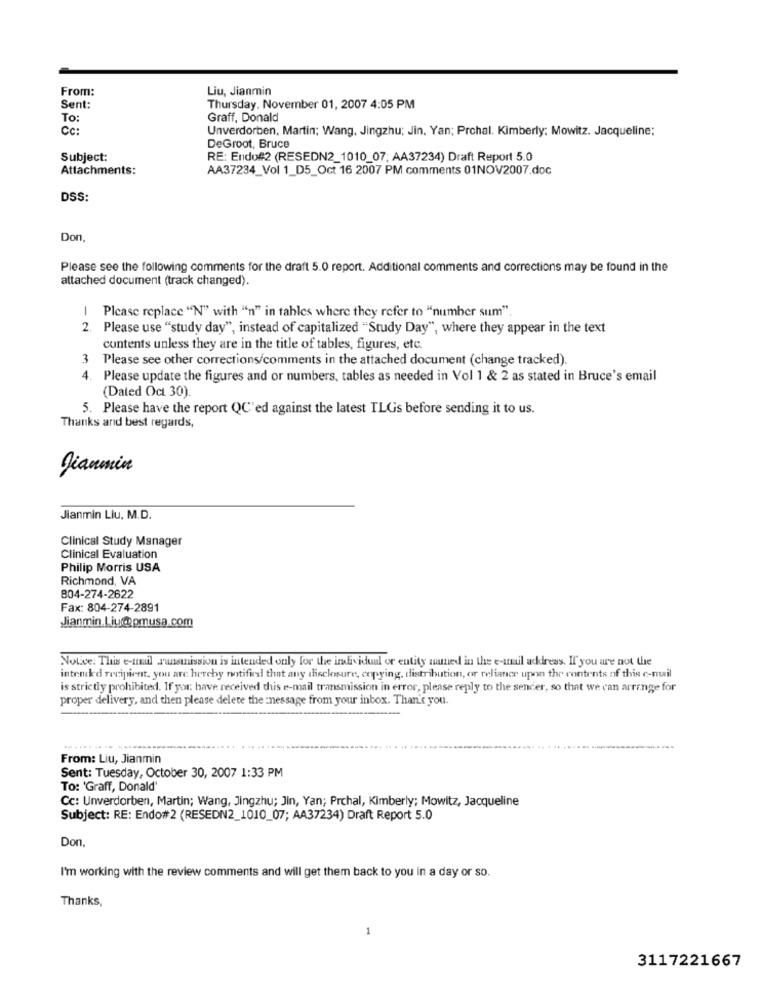
From:
Liu, Jianmin
Sent:
Thursday. November 01, 2007 4:05 PM
To:
Graff, Donald
CC:
Unverdorben, Martin; Wang, Jingzhu; Jin, Yan; Prchal. Kimberly; Mowitz. Jacqueline;
DeGroot, Bruce
Subject:
RE: Endo#2 (RESEDN2_1010_07; AA37234) Draft Report 5.0
Attachments:
AA37234_Vol 1_D5_Oct 16 2007 PM comments 01NOV2007.doc
DSS:
Don,
Please see the following comments for the draft 5.0 report. Additional comments and corrections may be found in the
attached document (track changed).
1
Please replace "N" with "n" in tahles where they refer to "number sum".
2.
Please use "study day", instead of capitalized "Study Day", where they appear in the text
contents unless they are in the title of tables, figures, etc.
3
Please see other corrections/comments in the attached document (change tracked).
4. Please update the figures and or numbers, tables as needed in Vol 1 & 2 as stated in Bruce's email
(Dated Oct 30).
5. Please have the report QC'ed against the latest TLGs before sending it to us.
Thanks and best regards,
Jianmin
Jianmin Liu, M.D.
Clinical Study Manager
Clinical Evaluation
Philip Morris USA
Richmond, VA
804-274-2622
Fax: 804-274-2891
Jianmin Liu@pmusa.com
Notice: This e-mail runsmission is intended only for the individual or entity named in the e-mail address. If you are not the
intended recipient, you are hereby notified that any disclosure, copying, distribution, or reliance upon the contents of this e-mail
is strictly prohibited. If you have received this e-mail transmission in error, please reply to the sender, so that we can arrange for
proper delivery, and then please delete the message from your inbox. Than's you.
---
From: Liu, Jianmin
Sent: Tuesday, October 30, 2007 1:33 PM
To: 'Graff, Donald'
Cc: Unverdorben, Martin; Wang, Jingzhu; Jin, Yan; Prchal, Kimberly; Mowitz, Jacqueline
Subject: RE: Endo#2 (RESEDN2_1010_07; AA37234) Draft Report 5.0
Don,
I'm working with the review comments and will get them back to you in a day or so.
Thanks,
1
3117221667